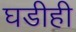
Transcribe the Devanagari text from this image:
घडीही